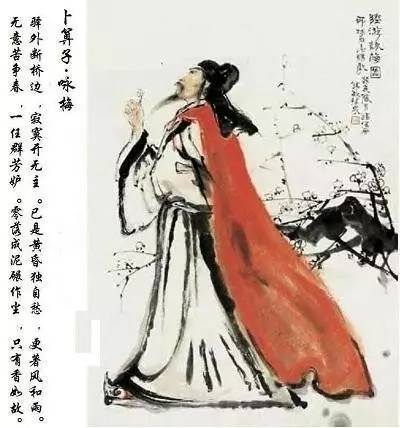
诗界千年靡靡风，兵魂销尽国魂空。